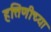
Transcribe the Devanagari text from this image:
हत्तिणीच्या